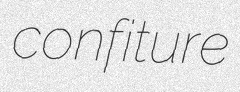
confiture